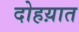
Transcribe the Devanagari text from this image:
दोहय़ात